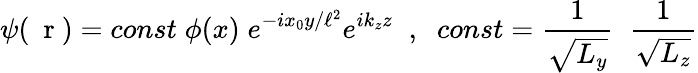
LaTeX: \psi(\mathrm{~\mathbf~r~})=const\; \phi(x)\; e^{-ix_{0}y/\ell^{2}}e^{ik_{z}z}\; \; ,\; \; const=\frac{1}{\sqrt{L_{y}}}\; \; \frac{1}{\sqrt{L_{z}}}